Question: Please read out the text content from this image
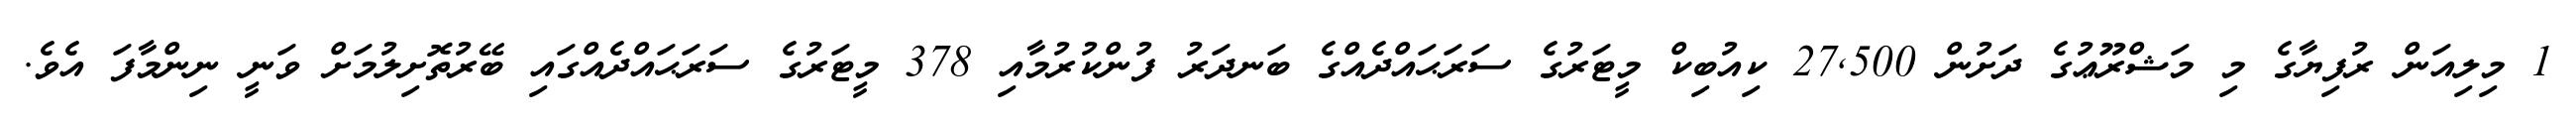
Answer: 1 މިލިއަން ރުފިޔާގެ މި މަޝްރޫޢުގެ ދަށުން 27,500 ކިއުބިކް މީޓަރުގެ ސަރަޙައްދެއްގެ ބަނދަރު ފުންކުރުމާއި 378 މީޓަރުގެ ސަރަޙައްދެއްގައި ބޭރުތޮށިލުމަށް ވަނީ ނިންމާފަ އެވެ.